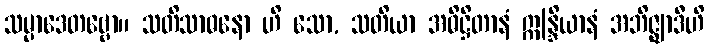
သမ္ပာဒေတဗ္ဗော။ သတိသာဓနော ဟိ သော, သတိယာ အဓိဋ္ဌိတာနံ ဣန္ဒြိယာနံ အဘိဇ္ဈာဒီဟိ